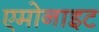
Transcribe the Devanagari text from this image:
एमोनाइट